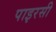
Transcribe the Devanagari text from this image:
पाइरसी